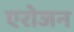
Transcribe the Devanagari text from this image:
एरोजन